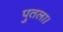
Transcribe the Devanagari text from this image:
पुतला।